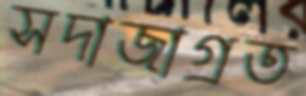
সদাজাগ্রত